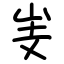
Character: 㞿